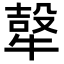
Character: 𭷮